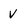
Character: V